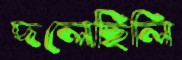
দলেছিলি